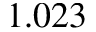
1 . 0 2 3